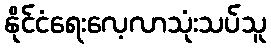
နိုင်ငံရေးလေ့လာသုံးသပ်သူ